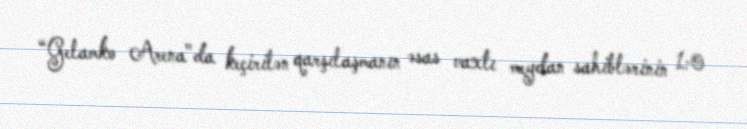
“Gelamko Arena"da keçirilən qarşılaşmanın əsas vaxtı meydan sahiblərinin 1:0